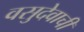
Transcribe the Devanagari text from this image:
वसुदेवाची